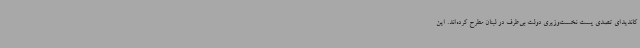
کاندیدای تصدی پست نخست‌وزیری دولت بی‌طرف در لبنان مطرح کرده‌اند. این